Annual report of the Bengal Veterinary College and of the Civil Veterinary Department, Bengal, for the year 1909-1910 - 1909-1910
Year: 1909
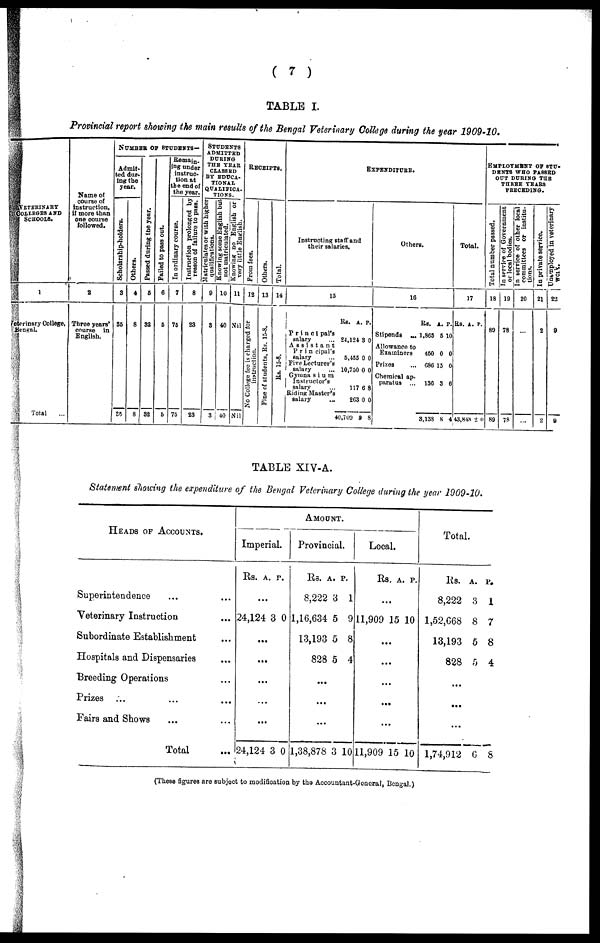
( 7 )
TABLE I.
Provincial report showing the main results of the Bengal Veterinary College during the year 1909-10.
VETERINARY
COLLEGES AND
SCHOOLS.
1
Prinary College,
Bengal.
Total
Name of
course of
instruction,
if more than
one course
followed.
2
Three years'
course in
English.
NUMBER OF STUDENTS—
Admit-
ted dur-
ing the
year.
Scholarship-holders.
3
35
So
Others.
4
8
8
Pas s ed dur i ng the year.
6
32
32
Fai l
ed to pass out.
6
5
6
Remain-
ing under
instruc-
tion at
the end of
the year.
In ordinary course.
7
76
75
Instruction prolonged by
reason of failure to pass.
8
23
23
SSTUDENTS
ADMITTED
DURING
THE TEAR
CLASSED
BY EDUCA-
TIONAL
QUALIFICA-
TIONS.
Matriculates or with higher
qualifications.
0
3
3
Knowing some English but
not matriculated.
10
40
40
Knowing no English or
very little English.
11
Nil
Nil
RECEIPTS.
From fees.
12
No College fee is charged for
instruction.
Others.
13
Fine of students, Rs. 15-8.
Total.
14
Rs. 15-8.
EXPENDITURE.
Instructing staff and
their salaries.
15
Rs. A
Principal's
salary
... 24,124
Assistant
Principal's
salary
... 5,455
Five Lecturer's
salary
... 10,750
Gymna s i u m
Instructor's
salary
...
117
Riding Master's
salary
...
2G3
Principal's
salary
... 24,124
Assistant
Principal's
salary
... 5,455
Five Lecturer's
salary
... 10,750
Gymna s i u m
Instructor's
salary
...
117
Riding Master's
salary
...
2G3
40,709 9
. p
3
0
0
6
0
3
0
0
6
0
.
0
0
0
8
0
0
0
0
8
0
8
Others.
16
Rs.
Stipends ... 1,865
Allowance to
Examiners
450
Prizes
... 686
Chemical ap-
paratus ... 130
Stipends ... 1,865
Allowance to
Examiners
450
Prizes
... 686
Chemical ap-
paratus ... 130
3,138
A. P
5 1
0
15
3
5 1
0
15
3
8
.
0
0
0
6
0
0
0
6
4
Total.
17
Rs. A. P.
43,848 2 0
EMPLOYMENT
OF
SYU-
----- WHO PASSED
OUT DURING THE
THREE YEARS
PRECEDING.
Total number passed.
18
80
89
In service of Government
or local bodies.
19
78
78
In service of other local
committees or institu-
tions.
20
...
In private service.
21
2
2
Unemployed
in veterinary
work.
22
9
a
TABLE XIV-A.
Statement showing the expenditure of the Bengal Veterinary College during the year 1909-10.
HEADS OF ACCOUNTS.
Superintendence ... ...
Veterinary Instruction
Subordinate Establishment
Hospitals and Dispensaries ...
Breeding Operations
Prizes
Fairs and Shows
Total
AMOUNT.
Imperial.
Rs.
..
24,124
...
...
..
..
..
24,124
A.
.
3
.
.
.
3
P.
0
0
Provincial.
Rs.
8,222
1,16,634
13,193
828
...
...
...
1,38,878
A.
3
5
5
5
3
P.
1
9
8
4
10
Local.
Rs.
...
11,909
...
..
..
...
..
11,909
A.
15
.
.
.
15
P.
10
10
Total.
Rs.
8,222
1,52,668
13,193
828
...
...
...
1,74,912
A.
8
8
5
5
6
P.
I
7
8
4
8
(These figures are subject to modification by the Accountant-General, Bengal.)